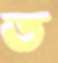
ত